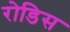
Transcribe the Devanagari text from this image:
रोडिस